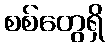
စစ်တွေရှိ